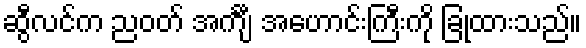
ဆွီလင်က ညဝတ် အင်္ကျီ အဟောင်းကြီးကို ခြုံထားသည်။